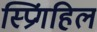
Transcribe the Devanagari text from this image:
स्प्रिंगहिल